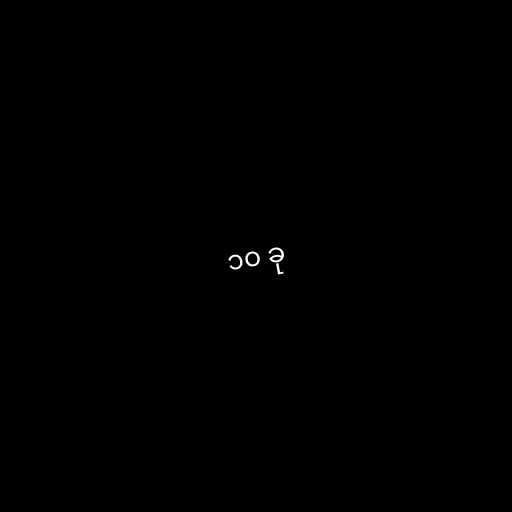
၁၀ ခု